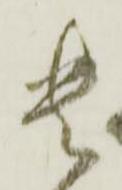
貴